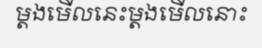
ម្តងមើលនេះម្តងមើលនោះ